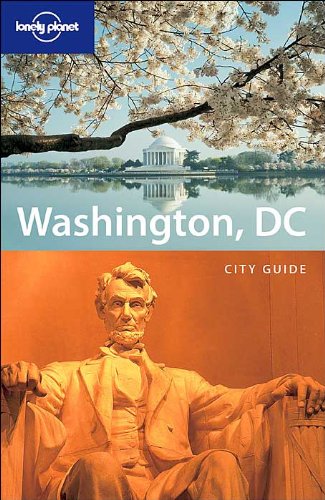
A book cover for Lonely Planet Washington, DC; Mara Vorhees; Travel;